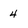
Character: 4